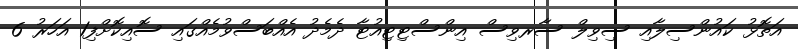
އަތޮޅު ކައުންސިލާއި ސިވިލް ސާރވިސް އިންސްޓިޓިއުޓާ ދެމެދު އެއްބަސްވުމެއްގައި ސޮއިކޮށްފި1 އަހަރު 6